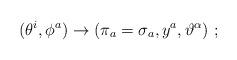
LaTeX: \begin{align*}(\theta^i, \phi^a)\rightarrow (\pi_a=\sigma_a, y^a,\vartheta^\alpha)\ ;\end{align*}